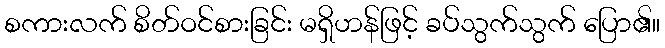
စကားလက် စိတ်ဝင်စားခြင်း မရှိဟန်ဖြင့် ခပ်သွက်သွက် ပြော၏။